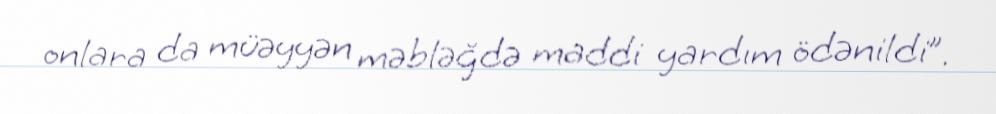
onlara da müəyyən məbləğdə maddi yardım ödənildi”.